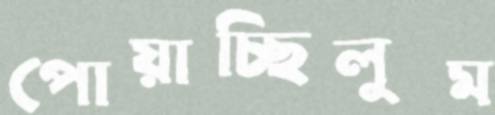
পোয়াচ্ছিলুম